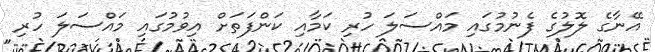
އޭނާގެ ލޮލުގެ ފެނުމުގައި މައްސަލަ ހުރި ކަމާއި ކަންފަތަށް އިވުމުގައި މައްސަލަ ހުރި